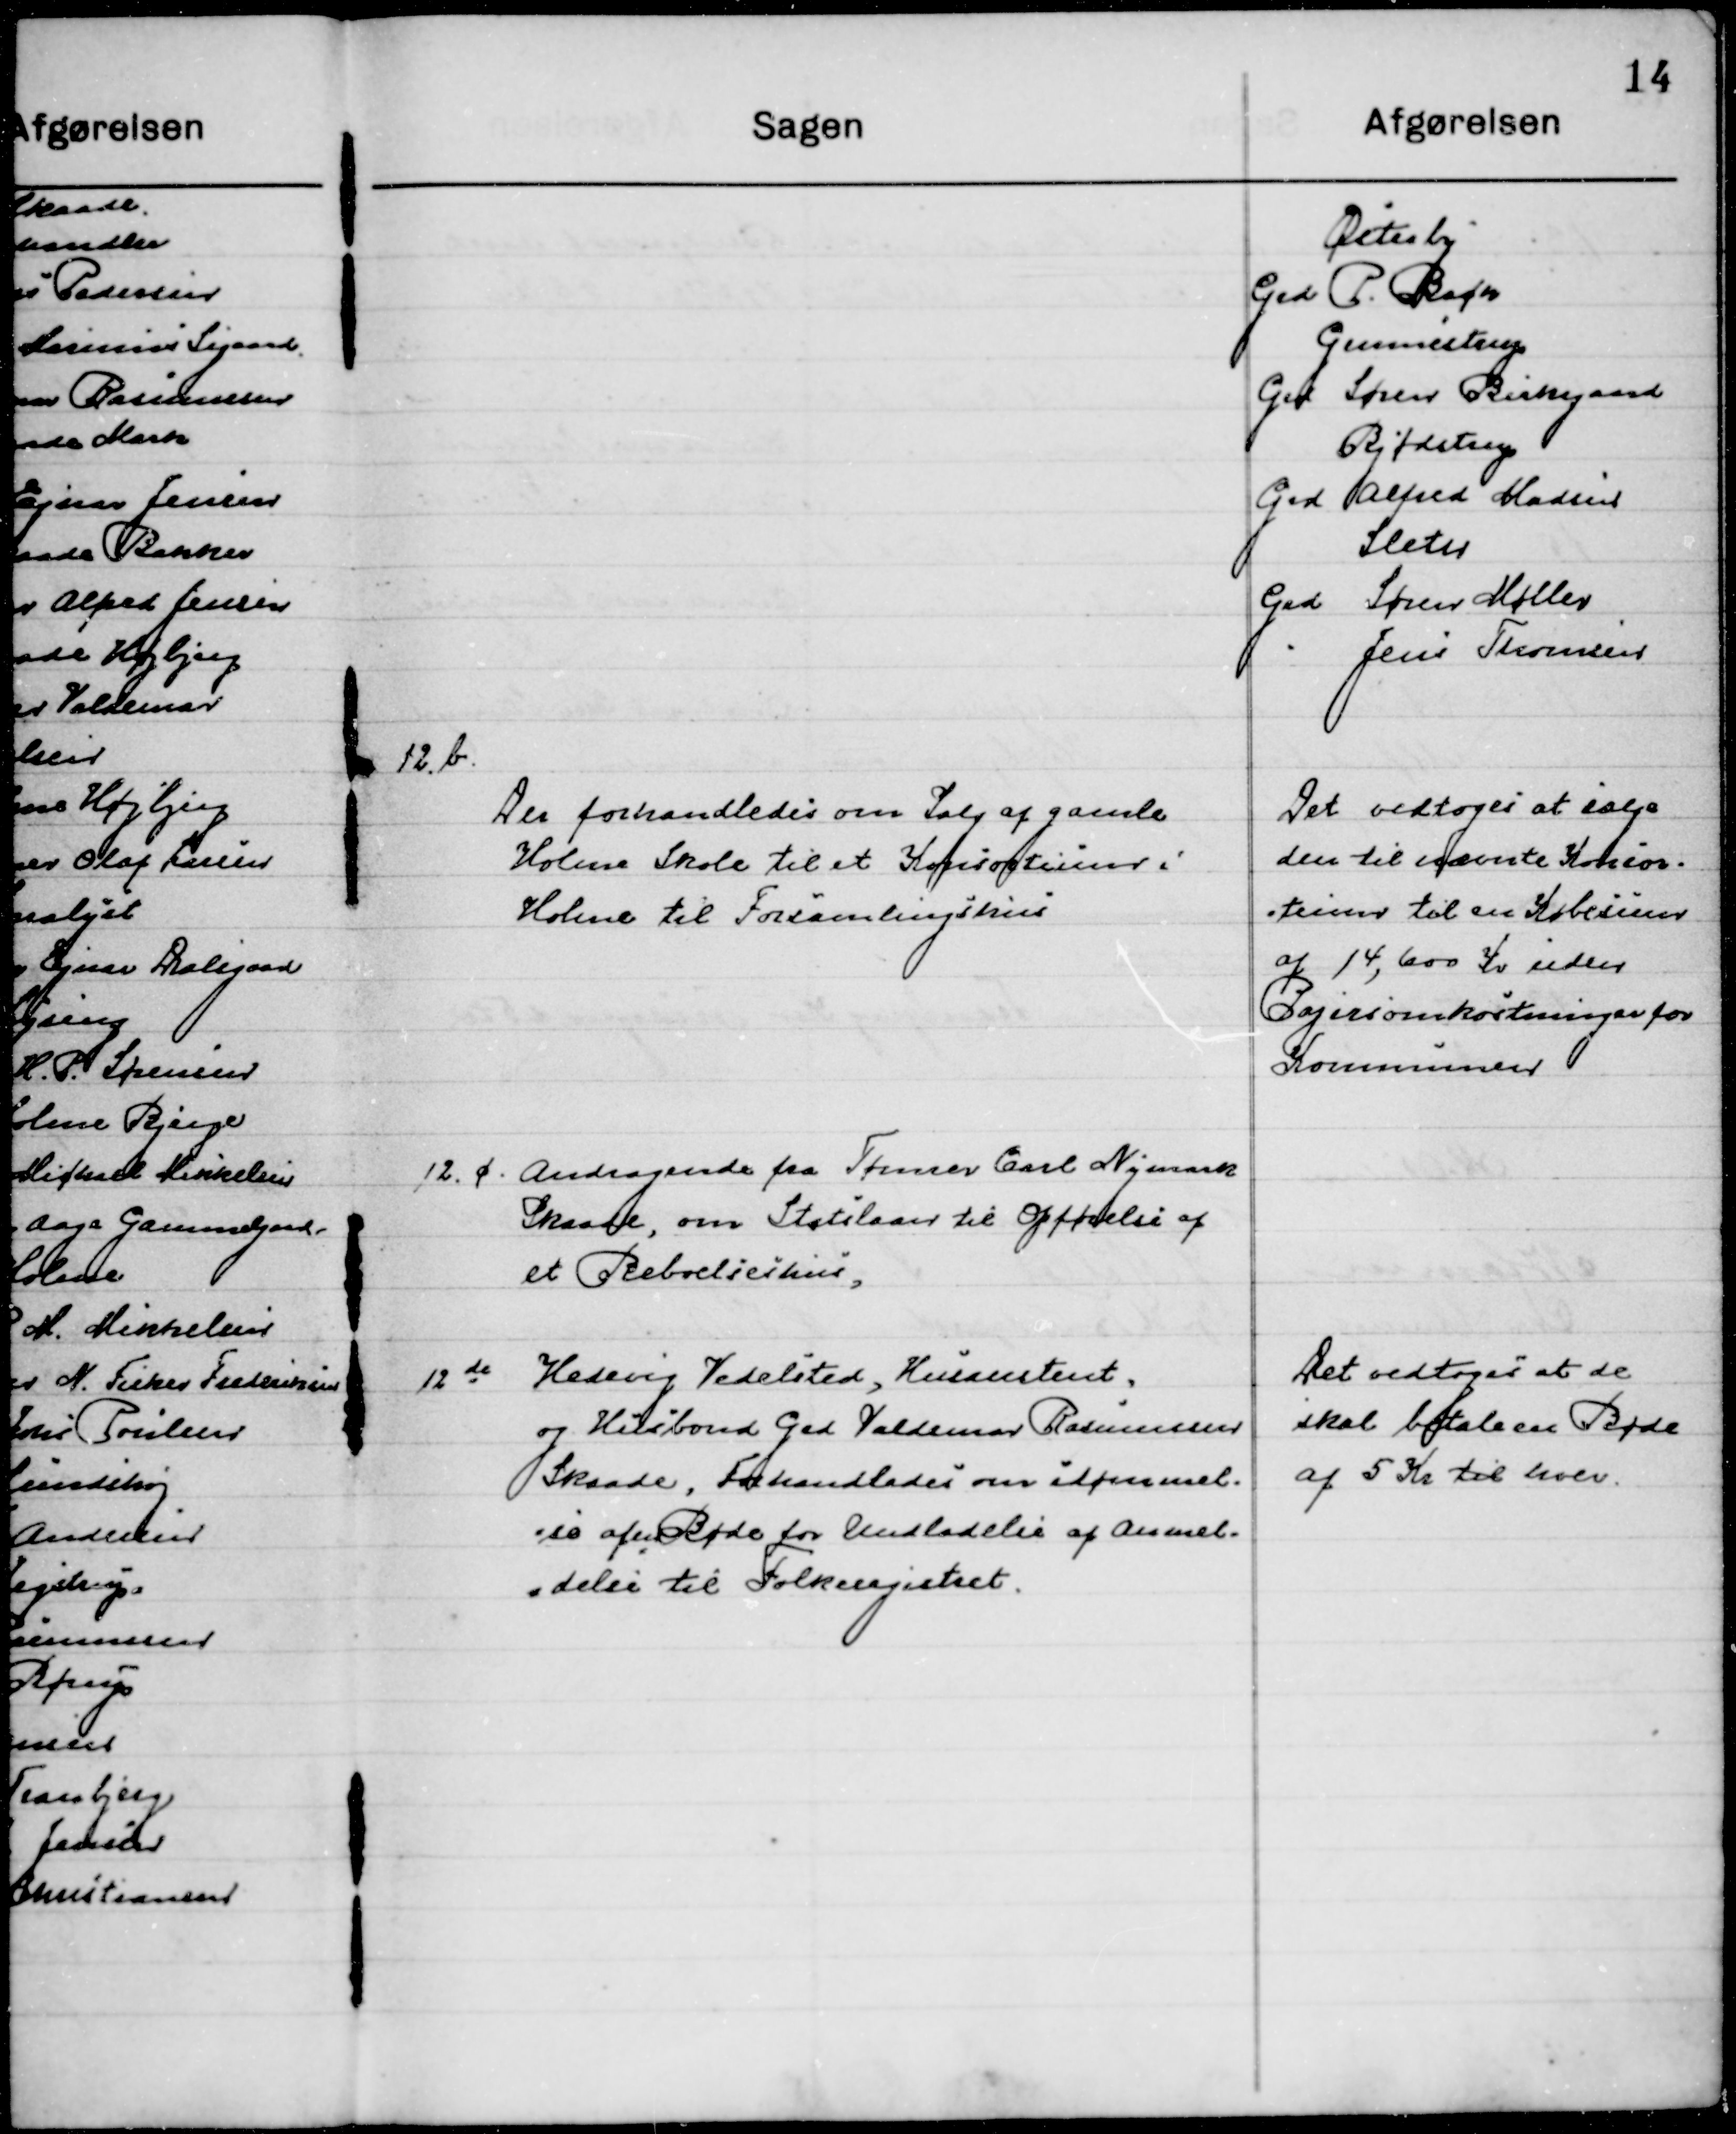
Transskription:
Østerby
Grd. P. Bach
Gunnestrup
Grd Søren Birkegaard
Bjødstrup
Grd. Alfred Madsen
Sleth
Grd. Søren Møller
Jens Thomsen

12. b.

Der forhandledes om Salg af gamle
Holme Skole til et Konsortium i
Holme til Forsamlingshus.

Det vedtoges at sælge
Den til nævnte Konsor-
tium til en Købesum
af 14,600 Kr. uden
Byggeomkostninger for
Kommunen

12. c.

Andragende fra Tømer Carl Nymark
Skaade, om Statslaan til Opførelse af
et Beboelseshus.

12. d.

Hedvig Vedelsted, Husassistent
og Husbond Grd. Valdemar Rasmussen
Skaade, forhandledes om idømmel-
se af en Bøde for Undladelse af Anmel-
delse til Folkeregisteret.

Det vedtoges at de
skal betale en bøde
af 5 Kr. hver.